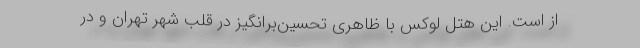
از است. این هتل لوکس با ظاهری تحسین‌برانگیز در قلب شهر تهران و در